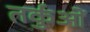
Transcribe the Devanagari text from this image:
तर्कुओं